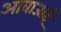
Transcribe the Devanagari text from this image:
आवाजाई